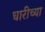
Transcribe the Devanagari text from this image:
घारीच्या